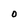
Character: O